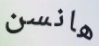
هانسن